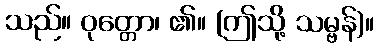
သည်။ ဝုတ္တော၊ ၏။ (ဤသို့ သမ္ဗန်)။